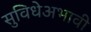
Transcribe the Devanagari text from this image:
सुविधेअभावी